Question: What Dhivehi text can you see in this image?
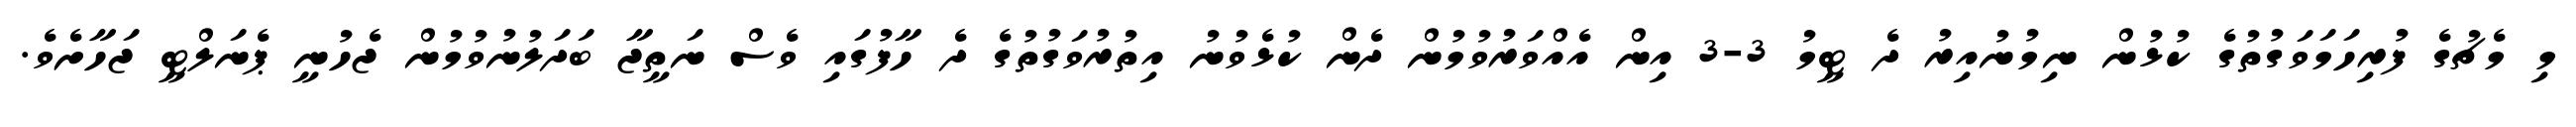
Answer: މި މެޗުގެ ފުރިހަމަވަގުތުގެ ކުޅުން ނިމުނުއިރު ދެ ޓީމު 3-3 އިން އެއްވަރުވުމުން ދެން ކުޅެވުނު އިތުރުވަގުތުގެ ދެ ހާފުގައި ވެސް ނަތީޖާ ބަދަލުނުވުމުން ޖެހުނީ ޕެނަލްޓީ ޖަހާށެވެ.